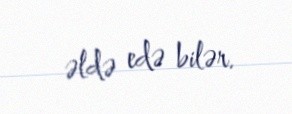
əldə edə bilər.